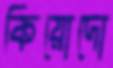
কিয়োদো